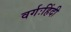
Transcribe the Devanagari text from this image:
वर्गःहिंदी